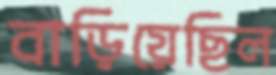
বাড়িয়েছিল